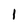
Character: 1